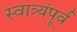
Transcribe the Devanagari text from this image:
स्वात्र्यंपूर्व